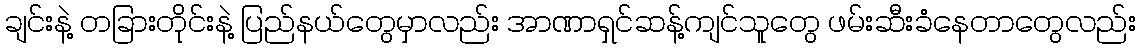
ချင်းနဲ့ တခြားတိုင်းနဲ့ ပြည်နယ်တွေမှာလည်း အာဏာရှင်ဆန့်ကျင်သူတွေ ဖမ်းဆီးခံနေတာတွေလည်း